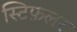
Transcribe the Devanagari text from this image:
स्टिफ़लर